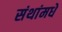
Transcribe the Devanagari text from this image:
संथांमधे